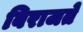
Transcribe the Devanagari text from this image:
बिराजते